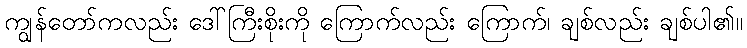
ကျွန်တော်ကလည်း ဒေါ်ကြီးစိုးကို ကြောက်လည်း ကြောက်၊ ချစ်လည်း ချစ်ပါ၏။